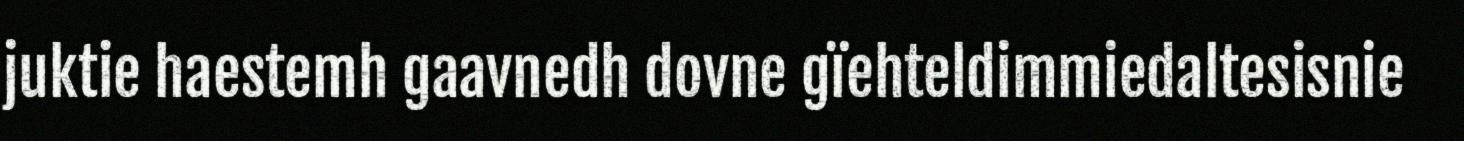
juktie haestemh gaavnedh dovne gïehteldimmiedaltesisnie